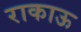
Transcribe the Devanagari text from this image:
राकाऊ